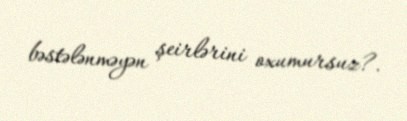
bəstələnməyən şeirlərini oxumursuz?.